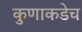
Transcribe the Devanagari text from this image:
कुणाकडेच